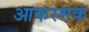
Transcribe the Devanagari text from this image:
आकस्मक